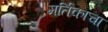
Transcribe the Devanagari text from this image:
मर्तिकाचा